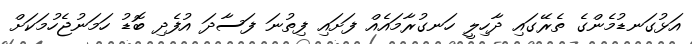
އަޅުގަނޑުމެންގެ ތެރޭގައި ދާހިލީ ހަނގުރާމައެއް ފަށައި ފިތުނަ ފަސާދަ އުފެދި ބޮޑު ހަމަނުޖެހުމަކަށް